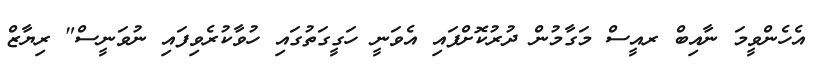
އެހެންވީމަ ނާއިބް ރއީސް މަގާމުން ދުރުކޮށްފައި އެވަނީ ހަގީގަތުގައި ހުވާކުރެވިފައި ނުވަނީސް" ރިޔާޒް